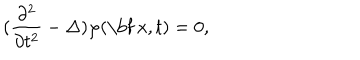
LaTeX: ( \frac { \partial ^ { 2 } } { \partial t ^ { 2 } } - \Delta ) \varphi ( \mathrm { \bf ~ x } , t ) = 0 ,